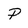
Character: P